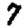
Digit: 7